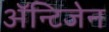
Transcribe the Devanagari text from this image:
ॲन्टिजेन